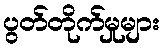
ပွတ်တိုက်မှုများ